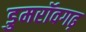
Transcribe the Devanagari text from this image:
डुमरॉवगढ़